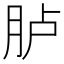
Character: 胪